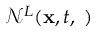
\mathcal { N } ^ { L } ( { \bf x } , t , { \bf \phi } )